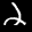
Label: 2